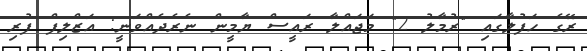
ރޭގެ ހަފުލާގައި "ރުމާލު 2" މަޖައްލާ ރައީސް ޔާމީން ނެރެދެއްވަނީ: އަޒްލިފް ފުރި